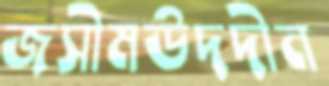
জসীমউদদীন